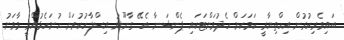
ބައިވެރިކުރުން އިހްތިޔާރީ ކަމަކަށް ހެދުމަށްޓަކައި ޕެންޝަނާ ބެހޭ ގާނޫނު އިސްލާހުކުރަން ހުށަހެޅުއްވީ މާވަށު